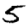
Digit: 5